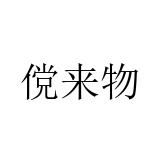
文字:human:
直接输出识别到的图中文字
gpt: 傥来物